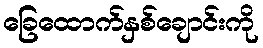
ခြေထောက်နှစ်ချောင်းကို